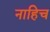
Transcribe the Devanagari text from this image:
नाहिच